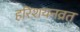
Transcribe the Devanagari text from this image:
हरिशयनव्रत